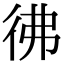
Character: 彿